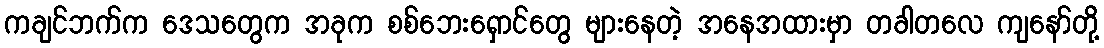
ကချင်ဘက်က ဒေသတွေက အခုက စစ်ဘေးရှောင်တွေ များနေတဲ့ အနေအထားမှာ တခါတလေ ကျနော်တို့